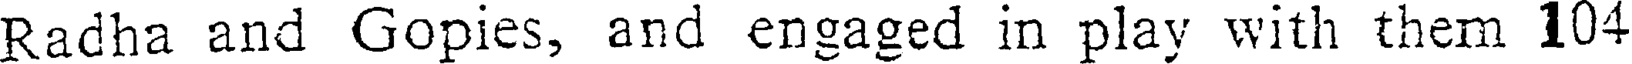
Radha and Gopies, and engaged in play with them 104